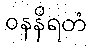
ဝနနိရတံ